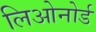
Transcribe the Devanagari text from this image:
लिओनोर्ड